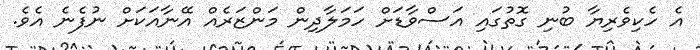
އެ ހެކިވެރިޔާ ބުނި ގޮތުގައި އަސްވާޑަށް ހަމަލާދިން މަންޒަރެއް އޭނާއަކަށް ނުފެނެ އެވެ.